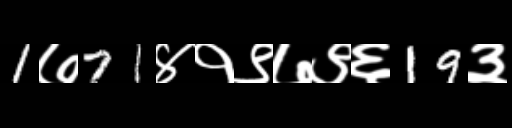
Text: 1७71४१९७९६19३